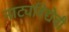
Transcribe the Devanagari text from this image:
नाट्यविद्येची